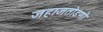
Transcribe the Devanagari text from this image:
जहाजतोडणी